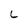
Character: L